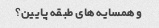
و همسایه های طبقه پایین؟